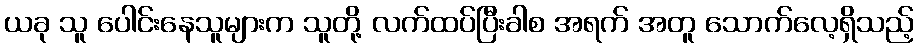
ယခု သူ ပေါင်းနေသူများက သူတို့ လက်ထပ်ပြီးခါစ အရက် အတူ သောက်လေ့ရှိသည့်